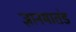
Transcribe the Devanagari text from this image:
ज्ञानमातंड